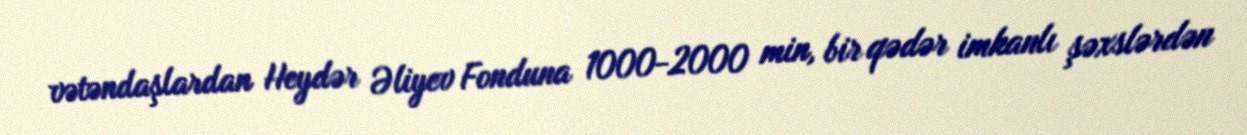
vətəndaşlardan Heydər Əliyev Fonduna 1000-2000 min, bir qədər imkanlı şəxslərdən